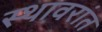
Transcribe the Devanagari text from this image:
स्थावरांत